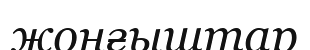
жоңғыштар